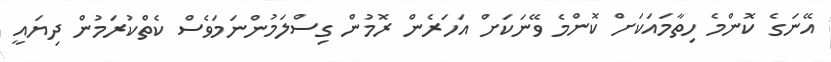
އޭނަގެ ކޮންމެ ހިތާމައަކަށް ކޮންމެ ވޭނަކަށް އަހަރެން ރޮމުން ގިސްލަމުންނަމަވެސް ކެތްކުރަމުން ދިޔައީ